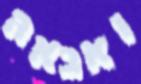
ואבאה